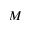
M